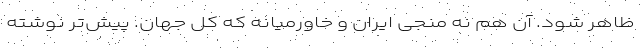
ظاهر شود. آن هم نه منجی ایران و خاورمیانه که کل جهان. پیش‌تر نوشته